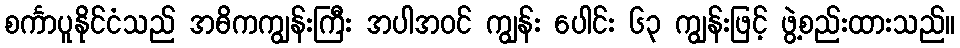
စင်္ကာပူနိုင်ငံသည် အဓိကကျွန်းကြီး အပါအဝင် ကျွန်း ပေါင်း ၆၃ ကျွန်းဖြင့် ဖွဲ့စည်းထားသည်။